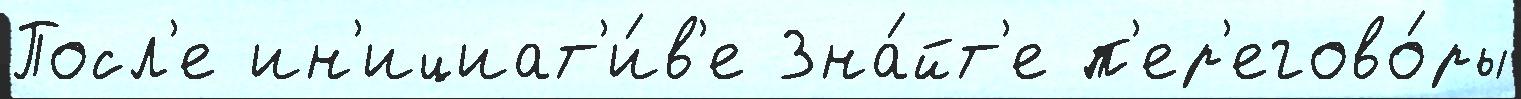
Посл'е ин'ициат'и́в'е Зна́йт'е п'ер'егово́ры